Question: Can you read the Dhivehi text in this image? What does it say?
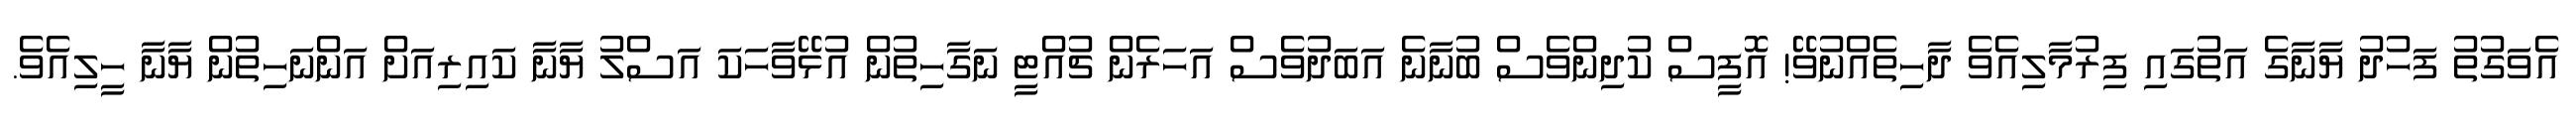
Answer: އެވަގުތު ފަހުދު ޔާނާގެ އަތުގައި ފިރުމާލިއެވެ ދާހިތެއްނުވޭ! އޮފީސް ކުދިންވެސް ބުނާނެ އަބަދުވެސް އަހަރެން ޗުއްޓީ ނަގާހިތުން އުޅޭވާހަކަ އަސްލު ޔާނާ ކައިރިއަށް އަންނަހިތުން ޔާނާ ހީލިއެވެ.